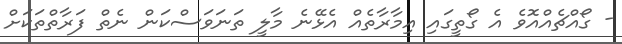
- ގޯއްޗެއްއޮވެ އެ ގޯތީގައި އިމާރާތެއް އެޅޭނެ މާލީ ތަނަވަސްކަން ނެތް ފަރާތްތަކަށް